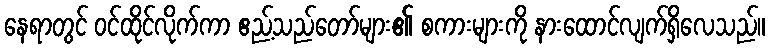
နေရာတွင် ဝင်ထိုင်လိုက်ကာ ဧည့်သည်တော်များ၏ စကားများကို နားထောင်လျက်ရှိလေသည်။